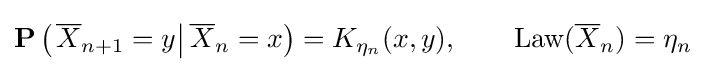
\mathbf {P} \left(\left.{\overline {X}}_{n+1}=y\right|{\overline {X}}_{n}=x\right)=K_{\eta _{n}}(x,y),\qquad {\text{Law}}({\overline {X}}_{n})=\eta _{n}